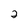
Character: 2